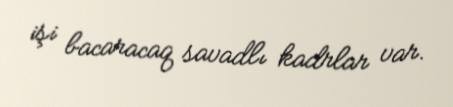
işi bacaracaq savadlı kadrlar var.